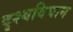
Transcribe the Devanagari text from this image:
दृश्यविघान